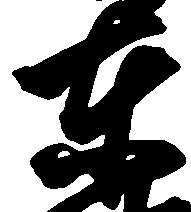
東